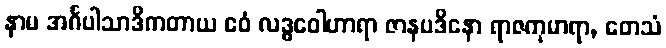
နာမ အင်္ဂပါသာဒိကတာယ ဧဝံ လဒ္ဓဝေါဟာရာ ဇာနပဒိနော ရာဇကုမာရာ, တေသံ